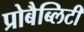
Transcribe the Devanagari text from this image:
प्रोबैब्लिटी